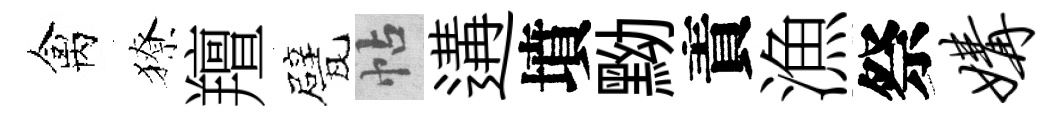
禽獠羶甓帖遘墳黝責漁祭媾